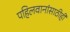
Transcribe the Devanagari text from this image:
पहिलवानांसाठीही